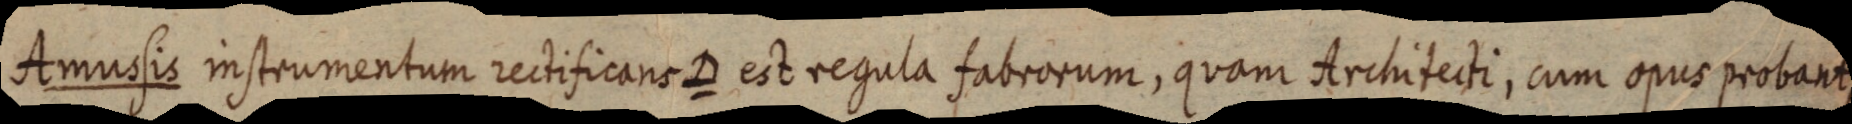
Amussis instrumentum rectificans D est regula fabrorum, quam Architecti, cum opus probant,